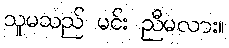
သူမသည် မင်း ညီမလား။